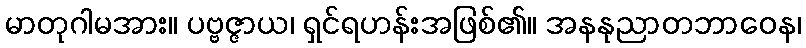
မာတုဂါမအား။ ပဗ္ဗဇ္ဇာယ၊ ရှင်ရဟန်းအဖြစ်၏။ အနနုညာတဘာဝေန၊